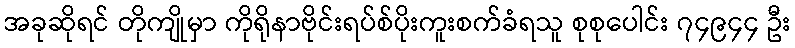
အခုဆိုရင် တိုကျိုမှာ ကိုရိုနာဗိုင်းရပ်စ်ပိုးကူးစက်ခံရသူ စုစုပေါင်း ၇၄၉၄၄ ဦး